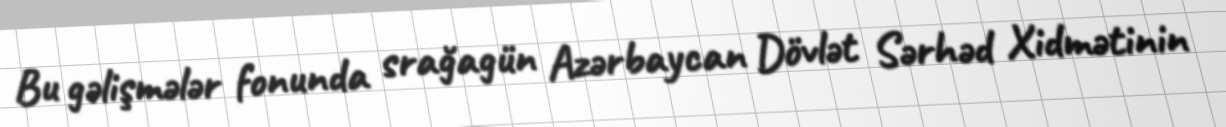
Bu gəlişmələr fonunda srağagün Azərbaycan Dövlət Sərhəd Xidmətinin